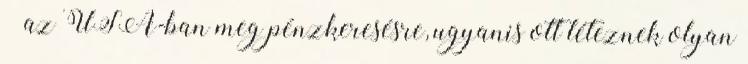
– az USA-ban meg pénzkeresésre, ugyanis ott léteznek olyan